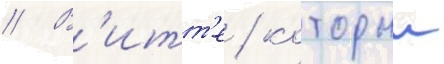
// В'итт'е / которыи